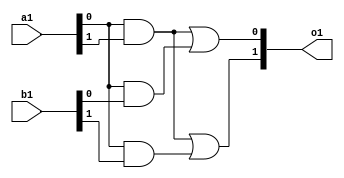
module KGPM (a1,b1,o1);
input[1:0] a1;
input[1:0] b1;
output[1:0] o1;

assign o1[0]=(a1[0]&a1[1]) | (a1[0]&b1[0]);
assign o1[1]=(a1[0]&a1[1]) | (a1[0]&b1[1]);

endmodule